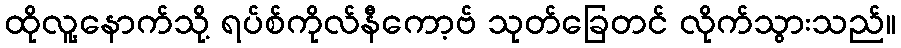
ထိုလူ့နောက်သို့ ရပ်စ်ကိုလ်နီကော့ဗ် သုတ်ခြေတင် လိုက်သွားသည်။